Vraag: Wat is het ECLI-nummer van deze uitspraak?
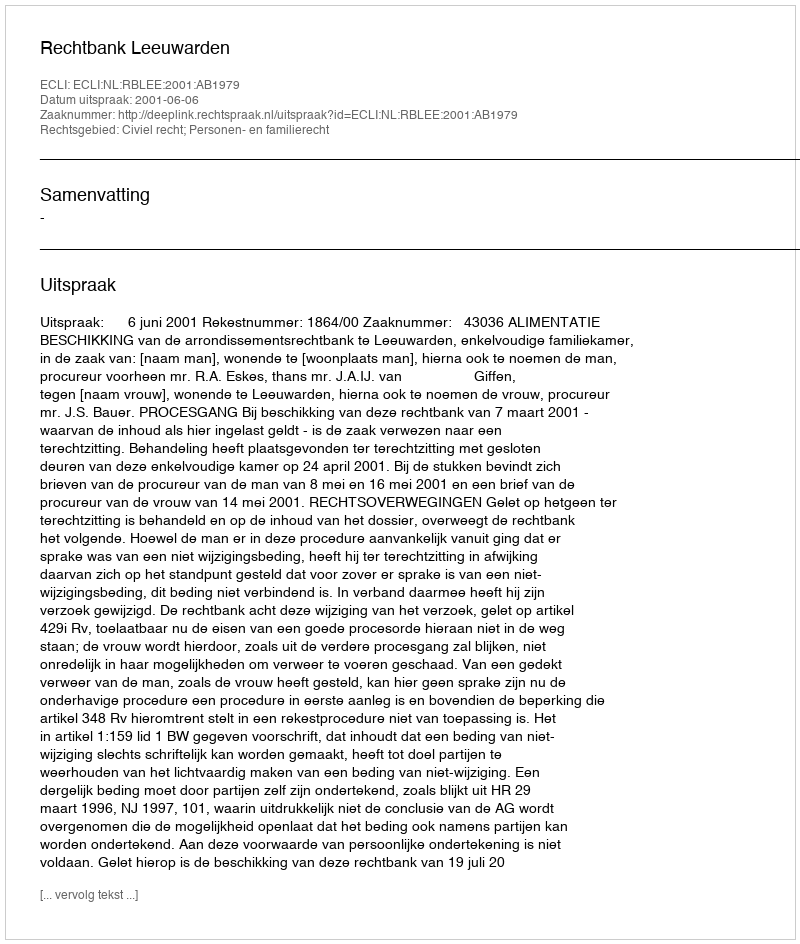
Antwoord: ECLI:NL:RBLEE:2001:AB1979